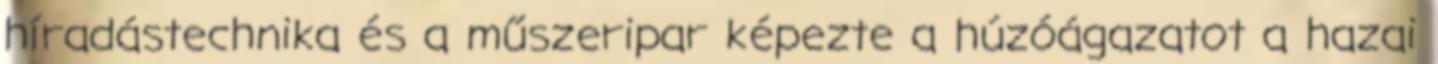
híradástechnika és a műszeripar képezte a húzóágazatot a hazai